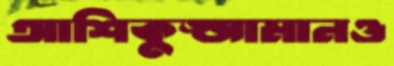
আশিকুজ্জামানও